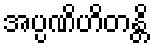
အပ္ပဏိဟိတန္တိ